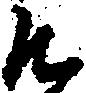
そ